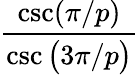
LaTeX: \displaystyle\frac{\csc(\pi/p)}{\csc\big(3\pi/p\big)}